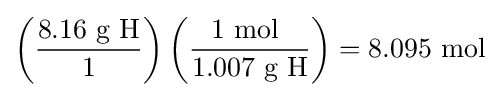
\left({\frac {8.16{\mbox{ g H}}}{1}}\right)\left({\frac {1{\mbox{ mol }}}{1.007{\mbox{ g H}}}}\right)=8.095\ {\text{mol}}